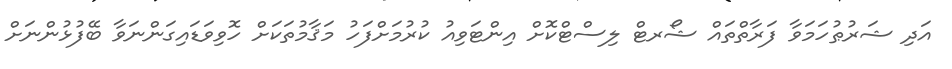
އަދި ޝަރުޠުހަމަވާ ފަރާތްތައް ޝޯރޓް ލިސްޓްކޮށް އިންޓަވިއު ކުރުމަށްފަހު މަޤާމުތަކަށް ހޮވިވަޑައިގަންނަވާ ބޭފުޅުންނަށް